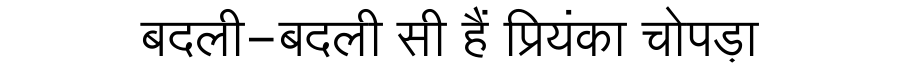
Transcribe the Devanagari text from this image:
बदली-बदली सी हैं प्रियंका चोपड़ा